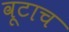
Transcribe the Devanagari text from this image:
वूटाच